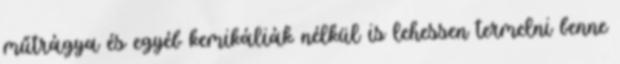
műtrágya és egyéb kemikáliák nélkül is lehessen termelni benne